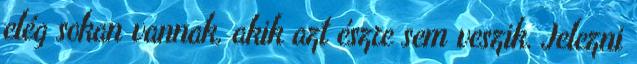
elég sokan vannak, akik azt észre sem veszik. Jelezni